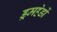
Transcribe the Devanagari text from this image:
ड्रमहेडों